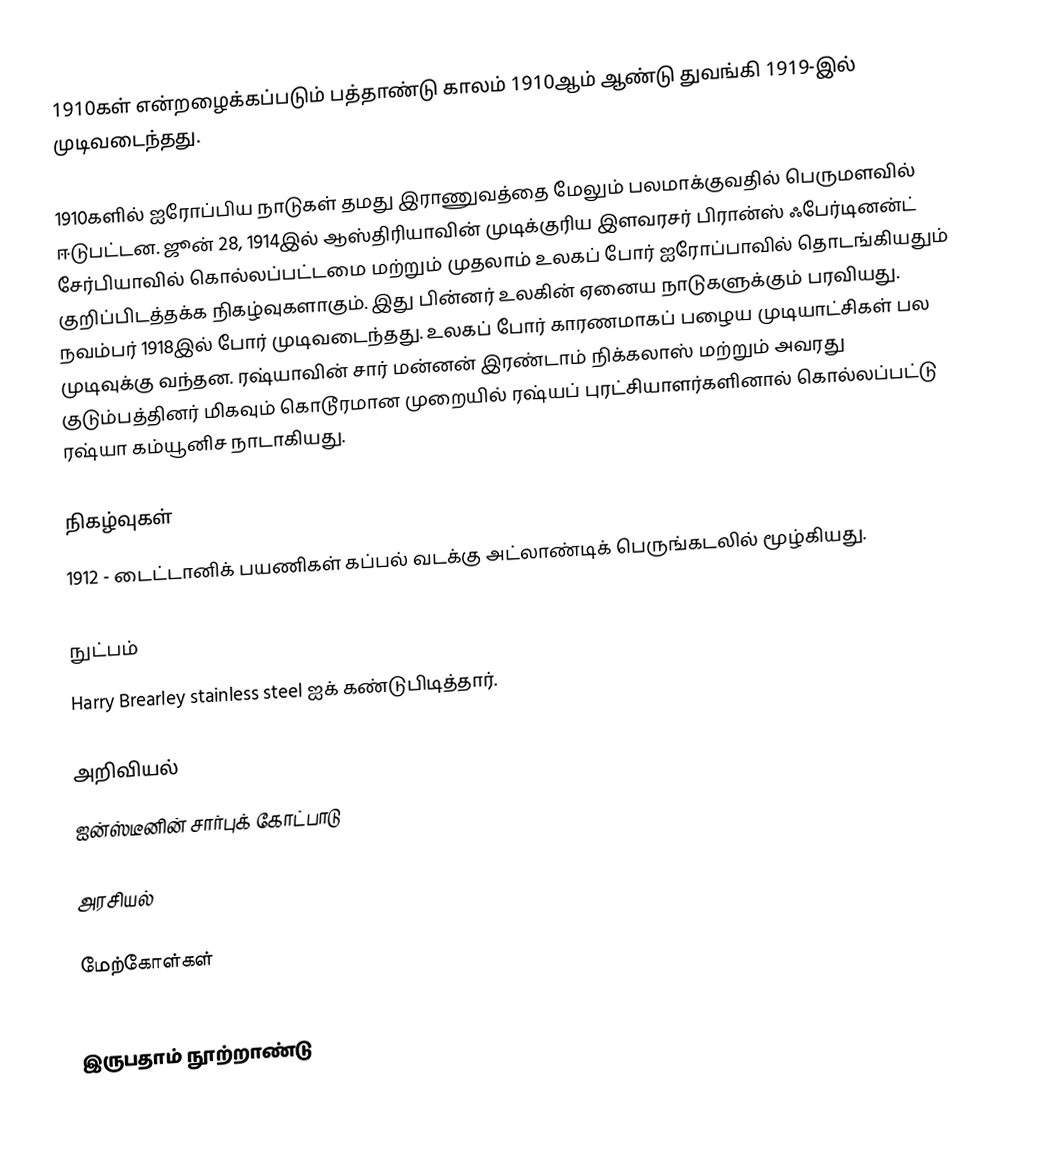
1910கள் என்றழைக்கப்படும் பத்தாண்டு காலம் 1910ஆம் ஆண்டு துவங்கி 1919-இல் முடிவடைந்தது.

1910களில் ஐரோப்பிய நாடுகள் தமது இராணுவத்தை மேலும் பலமாக்குவதில் பெருமளவில் ஈடுபட்டன. ஜூன் 28, 1914இல் ஆஸ்திரியாவின் முடிக்குரிய இளவரசர் பிரான்ஸ் ஃபேர்டினன்ட் சேர்பியாவில் கொல்லப்பட்டமை மற்றும் முதலாம் உலகப் போர் ஐரோப்பாவில் தொடங்கியதும் குறிப்பிடத்தக்க நிகழ்வுகளாகும். இது பின்னர் உலகின் ஏனைய நாடுகளுக்கும் பரவியது. நவம்பர் 1918இல் போர் முடிவடைந்தது. உலகப் போர் காரணமாகப் பழைய முடியாட்சிகள் பல முடிவுக்கு வந்தன. ரஷ்யாவின் சார் மன்னன் இரண்டாம் நிக்கலாஸ் மற்றும் அவரது குடும்பத்தினர் மிகவும் கொடூரமான முறையில் ரஷ்யப் புரட்சியாளர்களினால் கொல்லப்பட்டு ரஷ்யா கம்யூனிச நாடாகியது.

நிகழ்வுகள்
 1912 - டைட்டானிக் பயணிகள் கப்பல் வடக்கு அட்லாண்டிக் பெருங்கடலில் மூழ்கியது.

நுட்பம்
 Harry Brearley stainless steel ஐக் கண்டுபிடித்தார்.

அறிவியல்
 ஐன்ஸ்டீனின் சார்புக் கோட்பாடு

அரசியல்

மேற்கோள்கள்

இருபதாம் நூற்றாண்டு